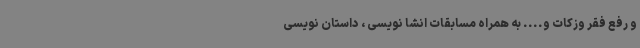
و رفع فقر وزکات و.... به همراه مسابقات انشا نویسی ، داستان نویسی